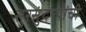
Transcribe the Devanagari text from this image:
सुरसुंदऱ्यांची